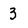
Character: 3